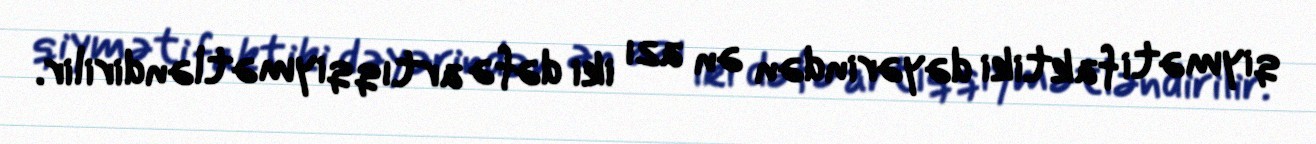
qiyməti faktiki dəyərindən ən azı iki dəfə artıq qiymətləndirilir.